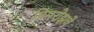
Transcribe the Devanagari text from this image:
प्रिमरोझचे